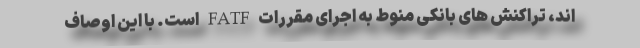
اند، تراکنش های بانکی منوط به اجرای مقررات FATF است. با این اوصاف